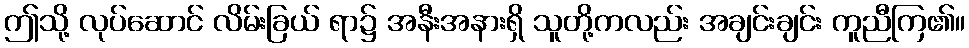
ဤသို့ လုပ်ဆောင် လိမ်းခြယ် ရာ၌ အနီးအနားရှိ သူတို့ကလည်း အချင်းချင်း ကူညီကြ၏။